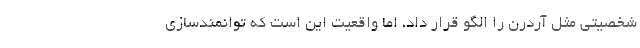
شخصیتی مثل آردرن را الگو قرار داد، اما واقعیت این است که توانمندسازی